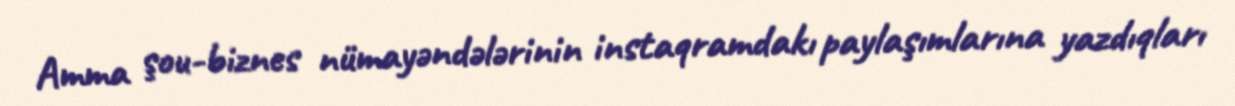
Amma şou-biznes nümayəndələrinin instaqramdakı paylaşımlarına yazdıqları